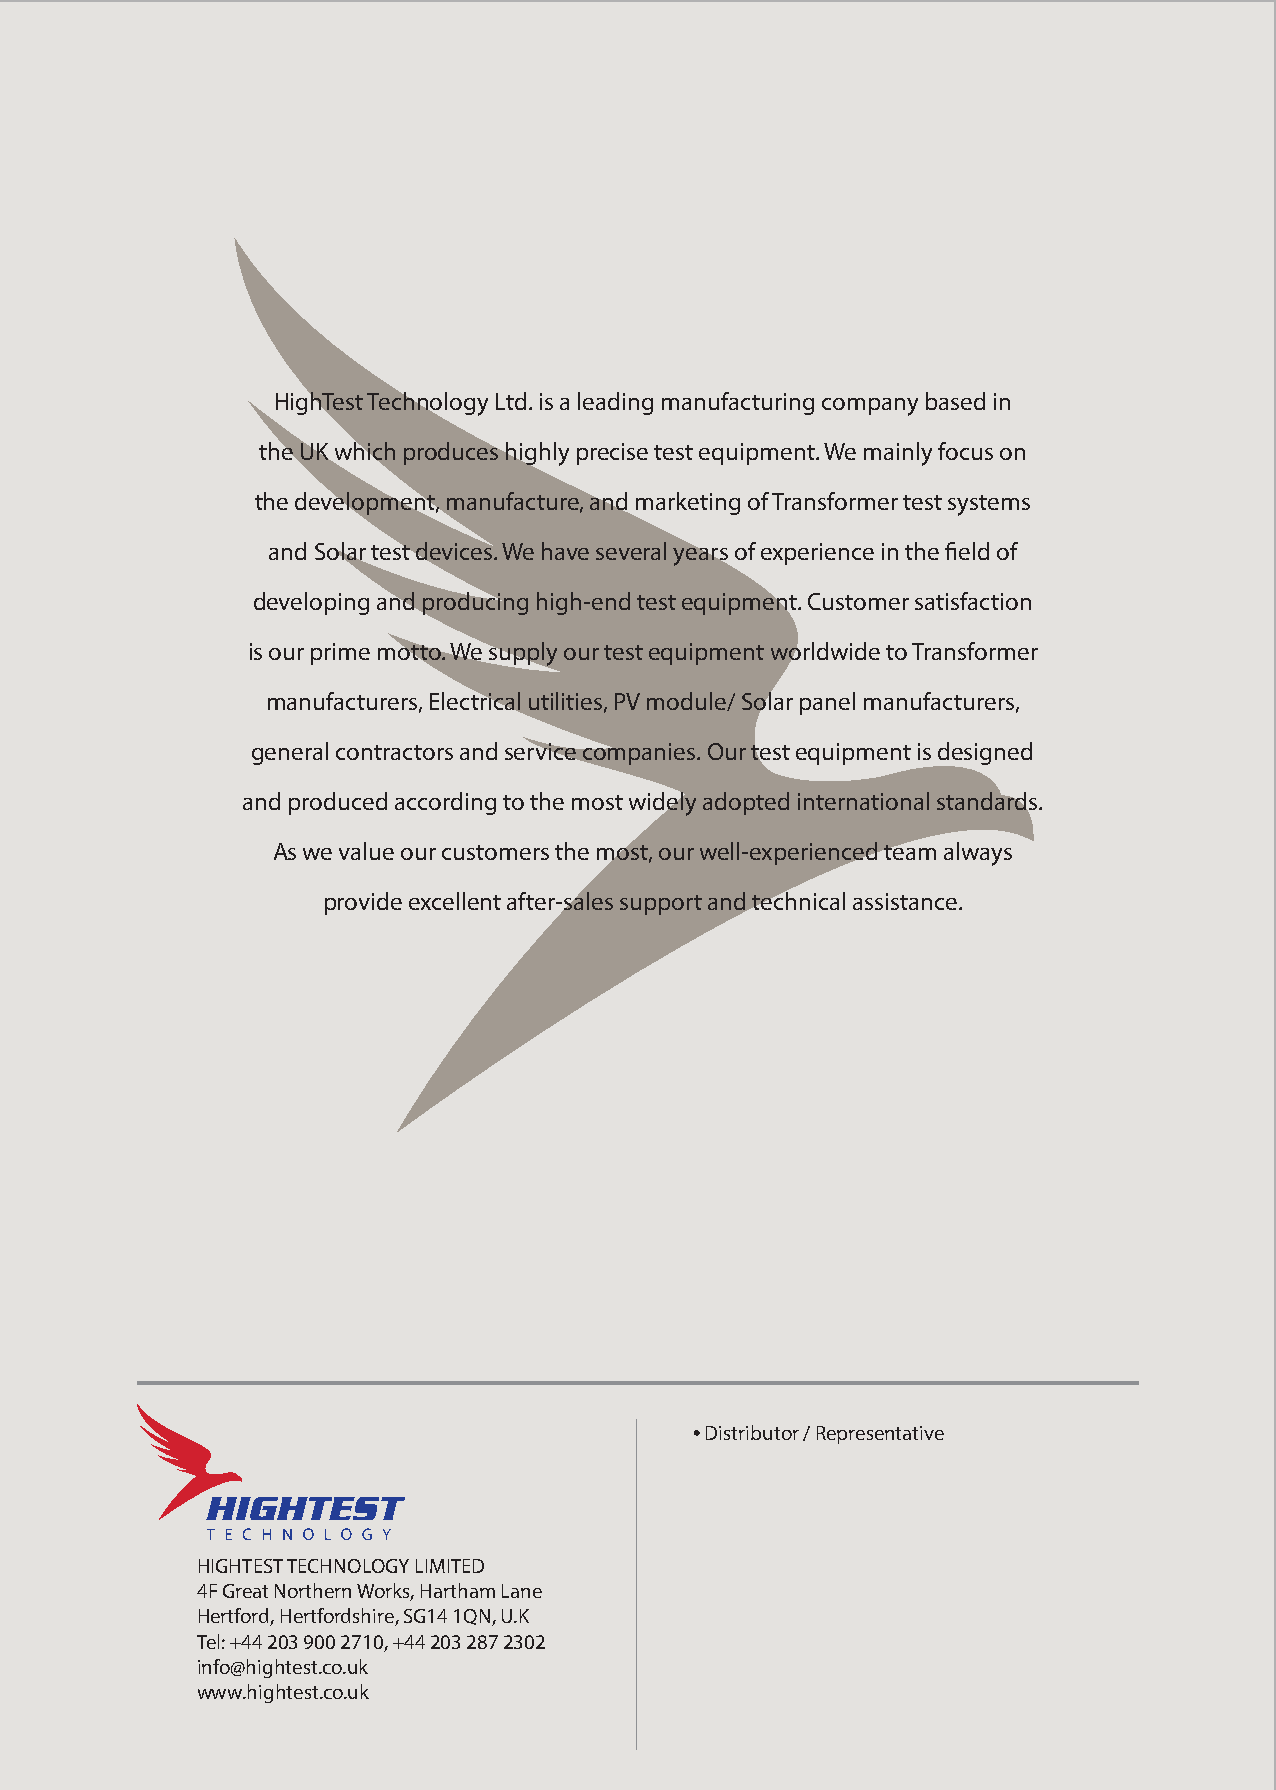
HighTest Technology Ltd. is a leading manufacturing company based in
 the UK which produces highly precise test equipment. We mainly focus on
 the development, manufacture, and marketing of Transformer test systems
 and Solar test devices. We have several years of experience in the field of
 developing and producing high-end test equipment. Customer satisfaction
 is our prime motto. We supply our test equipment worldwide to Transformer
 manufacturers, Electrical utilities, PV module/ Solar panel manufacturers,
 general contractors and service companies. Our test equipment is designed
 and produced according to the most widely adopted international standards.
 As we value our customers the most, our well-experienced team always
 provide excellent after-sales support and technical assistance.
 • Distributor / Representative
 HIGHTEST TECHNOLOGY LIMITED
 4F Great Northern Works, Hartham Lane
 Hertford, Hertfordshire, SG14 1QN, U.K
 Tel: +44 203 900 2710, +44 203 287 2302
 info@hightest.co.uk
 www.hightest.co.uk